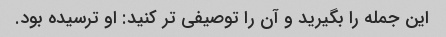
این جمله را بگیرید و آن را توصیفی تر کنید: او ترسیده بود.